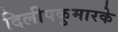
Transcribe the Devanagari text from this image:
दिलीपकुमारके